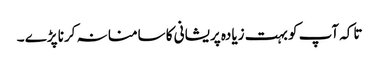
تاکہ آپ کو بہت زیادہ پریشانی کا سامنا نہ کرنا پڑے ۔